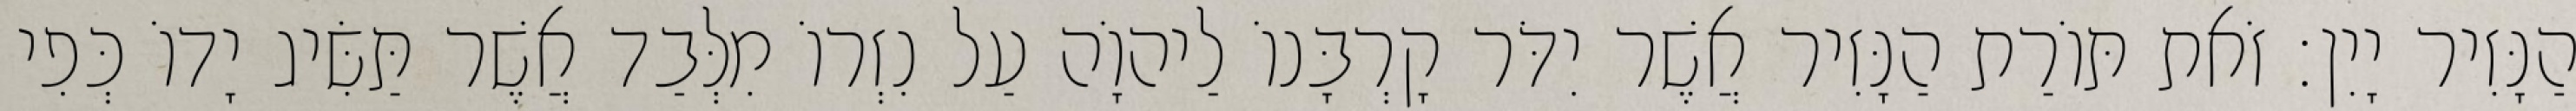
הַנָּזִיר יָיִן׃ זֹאת תּוֹרַת הַנָּזִיר אֲשֶׁר יִדֹּר קָרְבָּנוֹ לַיהוָֹה עַל נִזְרוֹ מִלְּבַד אֲשֶׁר תַּשִּׂיג יָדוֹ כְּפִי